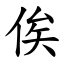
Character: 俟